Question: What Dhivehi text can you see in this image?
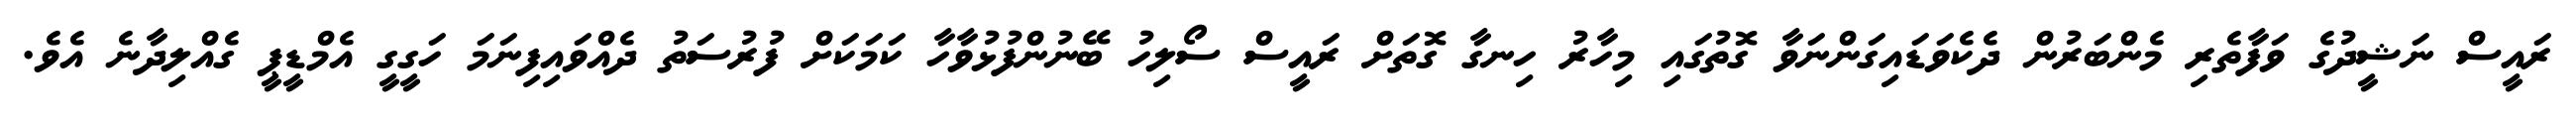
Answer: ރައީސް ނަޝީދުގެ ވަފާތެރި މެންބަރުން ދެކެވަޑައިގަންނަވާ ގޮތުގައި މިހާރު ހިނގާ ގޮތަށް ރައީސް ސޯލިހު ބޭނުންފުޅުވާހާ ކަމަކަށް ފުރުސަތު ދެއްވައިފިނަމަ ހަގީގީ އެމްޑީޕީ ގެއްލިދާނެ އެވެ.